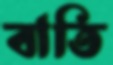
বাতি